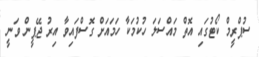
ސުޕްރީމް ކޯޓުގައި އޮތް މައްސަލަ ހުކުމަކާ ހަމައަށް ގޮސްފައިވާ އިރު ޖޭޕީން ވަނީ